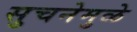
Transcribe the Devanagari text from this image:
सुचनेमुळे